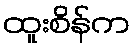
ထူးစိန်က